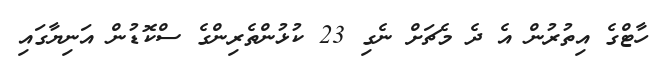
ހާޓްގެ އިތުރުން އެ ދެ މެޗަށް ނެގި 23 ކުޅުންތެރިންގެ ސްކޮޑުން އަނިޔާގައި